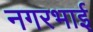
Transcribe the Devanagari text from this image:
नगरभाई